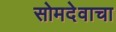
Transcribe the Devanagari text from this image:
सोमदेवाचा